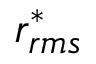
r _ { r m s } ^ { * }